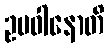
ဥပဝါနောတိ